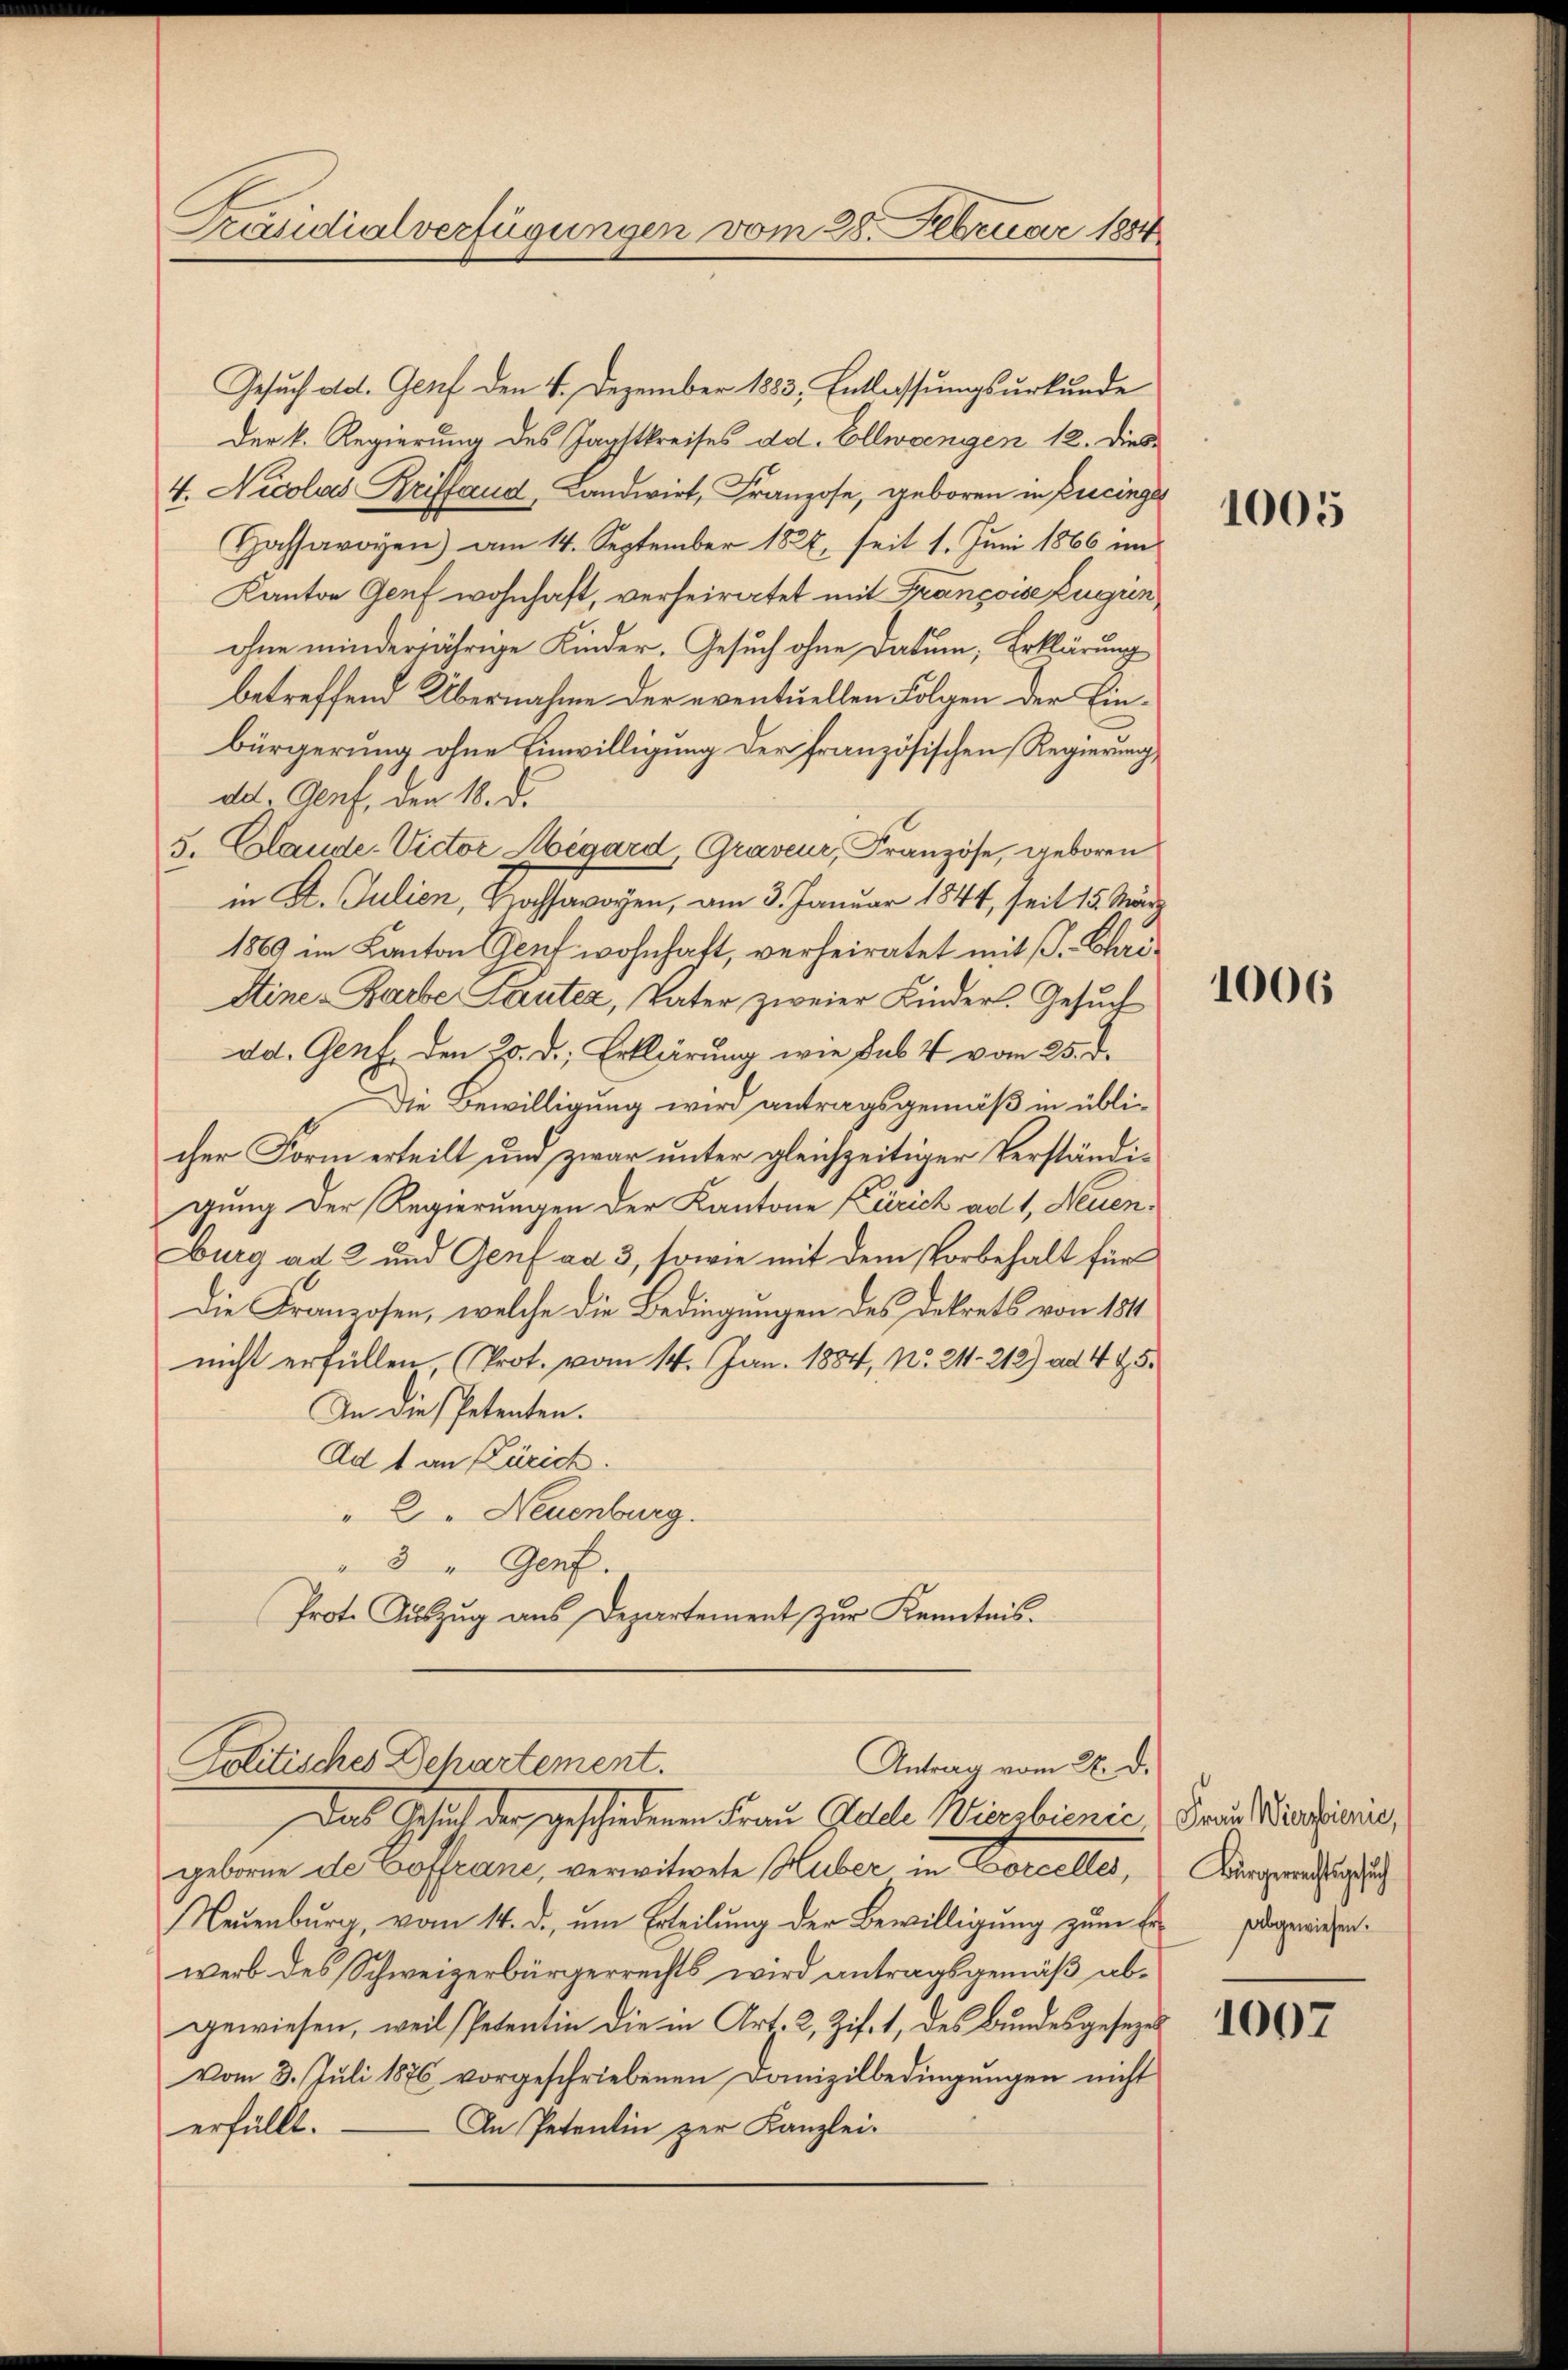
Präsidialverfügungen vom 28. Februar 1884

Gesuch ad. Genf den 4. Dezember 1883, Entlassungsurkunde
Der k. Regierung des Jagstkreises dd. Ellwangen 12. Dies
4. Nicolas Briffaud, Landwirt, Franzose, geboren in Pucinges
Hassavoyen) am 14. September 1827, seit 1. Juni 1866 im
Kanton Genf wohnhaft, verheiratet mit Françoise zugun
ohne minderjährige Kinder. Gesuch ohne Datum, Erklärung
betreffend Übernahme der eventuellen Folgen der Einbürgerung ohne Einwilligung der französischen Regierung,
dd. Genf, den 18. d.
5. Claude. Victor Mégard, Graveur, Französe, geboren
in St. Julien, Hochsavoyen, am 3. Januar 1844, seit 15 März
1869 im Kanton Genf wohnhaft, verheiratet mit s. Chri¬
Stine Barbe Sauter, Vater zweier Kinder. Gesuch
dd. Genf. den 3. d. Erklärung wie sub. 4 vom 25. d.
Die Bewilligung wird antragsgemäß in üblicher Form erteilt und zwar unter gleichzeitiger Verständigung der Regierungen der Kantone Zürich ad 1, Neuenburg ad 2 und Genf ad 3, sowie mit dem Vorbehalt für
Die Franzosen, welche die Bedingungen des Dekrets von 184
nicht erfüllen, (Prot. vom 14. Jan. 1884, No. 211. 212) ad 4 & 5.
An die Petenten.
Ad 1 an Zürich.
" 2 " Neuenburg.
3 " Genf.
Prot. Aŭszŭg aŭs Departement zŭr Kenntnis.
Politisches Behartement.
Antrag vom 28. d.
Das Gesuch der geschiedenen Frau Kolle Weiers bienić Frau Kemnis,
geborne de Coffraane, verwitwete Huber in Borelter,
Neuenburg, vom 14. d. um Erteilŭng der Bewilligung zum Er abgewiesen.
werb des Schweizerbürgerrechts wird antragsgemäß abgewiesen, weil Petentin die in Art. 2, Zif. 1, des Bundesgeseze
vom 3. Juli 1876 vorgeschriebenen Domizilbedingŭngen nicht
An Petentin zur Kanzlei-
erfällt.

1005

1006

Bürgerrechtsgesuch

1007